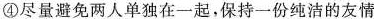
④尽量避免两人单独在一起，保持一份纯洁的友情